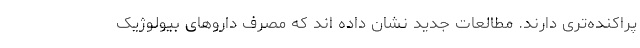
پراکنده‌تری دارند. مطالعات جدید نشان داده اند که مصرف داروهای بیولوژیک